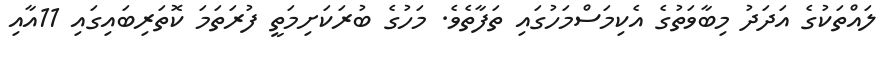
ލައްތަކުގެ އަދަދު މިބާވަތުގެ އެކިމަސްމަހުގައި ތަފާތެވެ. މަހުގެ ބުރަކަށިމަތީ ފުރަތަމަ ކޮތަރިބައިގައި 11އާއި